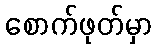
စောက်ဖုတ်မှာ